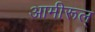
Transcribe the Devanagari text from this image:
आमीरूल्